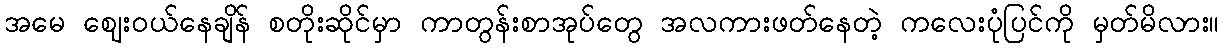
အမေ ဈေးဝယ်နေချိန် စတိုးဆိုင်မှာ ကာတွန်းစာအုပ်တွေ အလကားဖတ်နေတဲ့ ကလေးပုံပြင်ကို မှတ်မိလား။